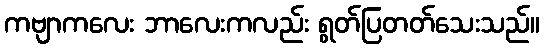
ကဗျာကလေး ဘာလေးကလည်း ရွတ်ပြတတ်သေးသည်။